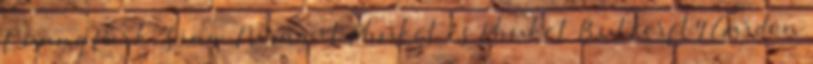
Luang Park, Siam Niramit Phuket és Phuket Butterfly Garden